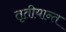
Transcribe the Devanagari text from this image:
तृतीयान्त